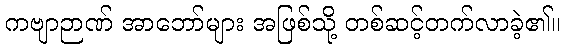
ကဗျာဉာဏ် အာဘော်များ အဖြစ်သို့ တစ်ဆင့်တက်လာခဲ့၏။